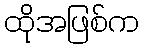
ထိုအဖြစ်က